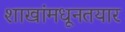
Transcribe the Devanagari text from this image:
शाखांमधूनतयार